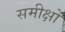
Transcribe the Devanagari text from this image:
समीक्षों